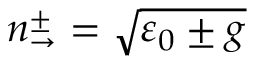
n _ { \rightarrow } ^ { \pm } = \sqrt { \varepsilon _ { 0 } \pm g }